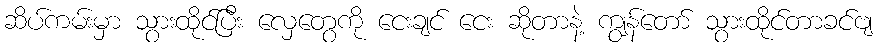
ဆိပ်ကမ်းမှာ သွားထိုင်ပြီး လှေတွေကို ငေးချင် ငေး ဆိုတာနဲ့ ကျွန်တော် သွားထိုင်တာခင်ဗျ